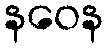
နဝေန